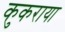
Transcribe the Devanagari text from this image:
कुकराया